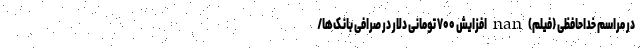
در مراسم خداحافظی (فیلم) nan افزایش ۷۰۰ تومانی دلار در صرافی بانک‌ها/